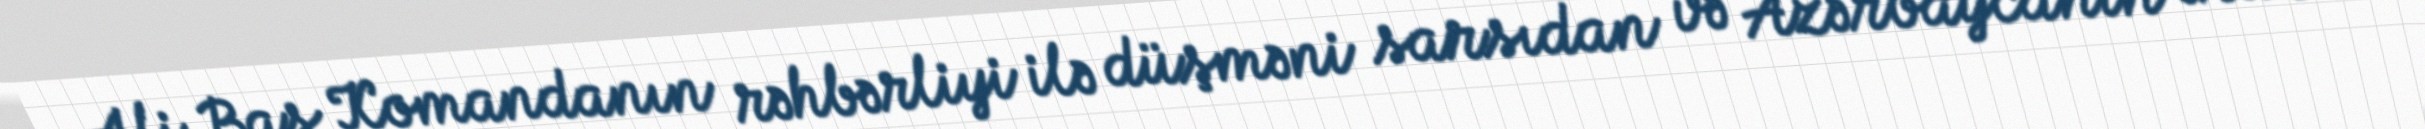
Ali Baş Komandanın rəhbərliyi ilə düşməni sarsıdan və Azərbaycanın ərazi